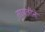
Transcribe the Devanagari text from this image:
सायलीने